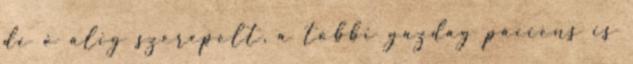
de ő alig szerepelt, a többi gazdag páciens is